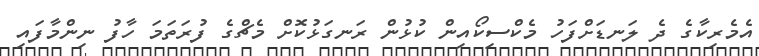
އެމެރިކާގެ ދެ ލަނޑަށްފަހު މެކްސިކޯއިން ކުޅުން ރަނގަޅުކޮށް މެޗްގެ ފުރަތަމަ ހާފު ނިންމާފައި